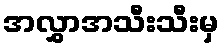
အလွှာအသီးသီးမှ